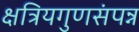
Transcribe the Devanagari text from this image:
क्षत्रियगुणसंपन्न